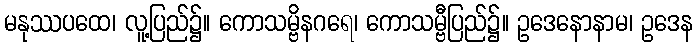
မနုဿပထေ၊ လူ့ပြည်၌။ ကောသမ္ဗိနဂရေ၊ ကောသမ္ဗီပြည်၌။ ဥဒေနောနာမ၊ ဥဒေန